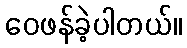
ဝေဖန်ခဲ့ပါတယ်။